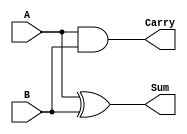
`timescale 1ns / 1ps
//////////////////////////////////////////////////////////////////////////////////
// Company: 
// Engineer: 
// 
// Design Name: 
// Module Name: half_adder
// Project Name: 
// Target Devices: 
// Tool Versions: 
// Description: 
// 
// Dependencies: 
// 
// Revision:
// Revision 0.01 - File Created
// Additional Comments:
// 
//////////////////////////////////////////////////////////////////////////////////


module half_adder(A,B,Sum,Carry);
input A, B;
output Sum, Carry;

assign Sum = A ^ B;
assign Carry = A & B;
endmodule